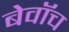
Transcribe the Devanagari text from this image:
बेवॉच